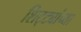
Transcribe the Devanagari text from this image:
शिट्ट्यांच्या